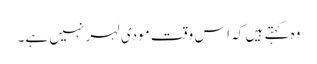
وہ کہتے ہیں کہ اس وقت مودی لہر نہیں ہے۔